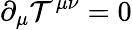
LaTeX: \partial_{\mu}\mathcal{T}^{\mu\nu}=0